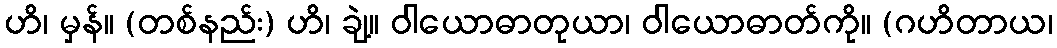
ဟိ၊ မှန်။ (တစ်နည်း) ဟိ၊ ချဲ့။ ဝါယောဓာတုယာ၊ ဝါယောဓာတ်ကို။ (ဂဟိတာယ၊